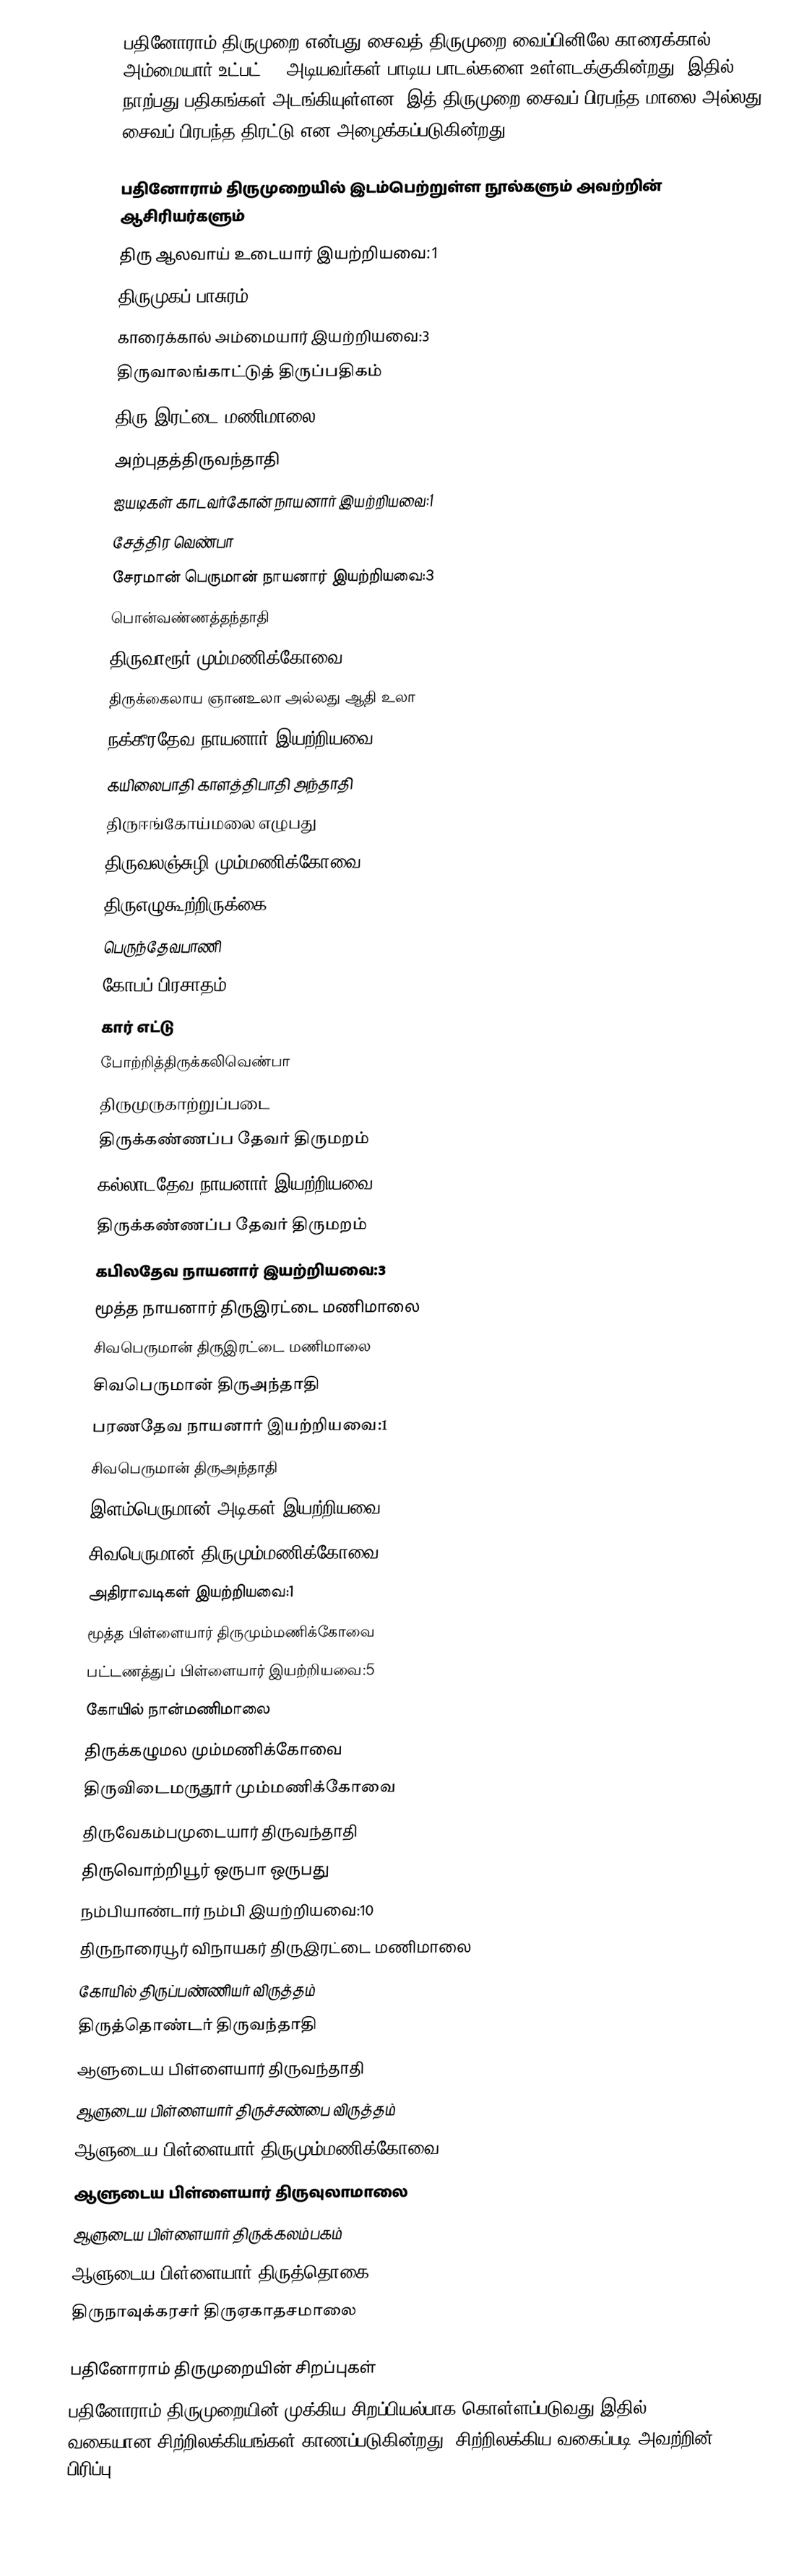
பதினோராம் திருமுறை என்பது  சைவத் திருமுறை வைப்பினிலே காரைக்கால் அம்மையார் உட்பட் 12 அடியவர்கள் பாடிய பாடல்களை உள்ளடக்குகின்றது. இதில் நாற்பது பதிகங்கள் அடங்கியுள்ளன. இத் திருமுறை சைவப் பிரபந்த மாலை அல்லது சைவப் பிரபந்த திரட்டு என அழைக்கப்படுகின்றது.

பதினோராம் திருமுறையில் இடம்பெற்றுள்ள நூல்களும் அவற்றின் ஆசிரியர்களும்
திரு ஆலவாய் உடையார் இயற்றியவை:1
திருமுகப் பாசுரம்
காரைக்கால் அம்மையார் இயற்றியவை:3
 திருவாலங்காட்டுத் திருப்பதிகம்
 திரு இரட்டை மணிமாலை
 அற்புதத்திருவந்தாதி
 ஐயடிகள் காடவர்கோன் நாயனார் இயற்றியவை:1
 சேத்திர வெண்பா
 சேரமான் பெருமான் நாயனார் இயற்றியவை:3
 பொன்வண்ணத்தந்தாதி
 திருவாரூர் மும்மணிக்கோவை
 திருக்கைலாய ஞானஉலா அல்லது ஆதி உலா
 நக்கீரதேவ நாயனார் இயற்றியவை:10
 கயிலைபாதி காளத்திபாதி அந்தாதி
 திருஈங்கோய்மலை எழுபது
 திருவலஞ்சுழி மும்மணிக்கோவை
 திருஎழுகூற்றிருக்கை
 பெருந்தேவபாணி
 கோபப் பிரசாதம்
 கார் எட்டு
 போற்றித்திருக்கலிவெண்பா
 திருமுருகாற்றுப்படை
 திருக்கண்ணப்ப தேவர் திருமறம்
 கல்லாடதேவ நாயனார் இயற்றியவை:1
 திருக்கண்ணப்ப தேவர் திருமறம்
 கபிலதேவ நாயனார் இயற்றியவை:3
 மூத்த நாயனார் திருஇரட்டை மணிமாலை
 சிவபெருமான் திருஇரட்டை மணிமாலை
 சிவபெருமான் திருஅந்தாதி
 பரணதேவ நாயனார் இயற்றியவை:1
 சிவபெருமான் திருஅந்தாதி
 இளம்பெருமான் அடிகள் இயற்றியவை:1
 சிவபெருமான் திருமும்மணிக்கோவை
 அதிராவடிகள் இயற்றியவை:1
 மூத்த பிள்ளையார் திருமும்மணிக்கோவை
 பட்டணத்துப் பிள்ளையார் இயற்றியவை:5
 கோயில் நான்மணிமாலை
 திருக்கழுமல மும்மணிக்கோவை
 திருவிடைமருதூர் மும்மணிக்கோவை
 திருவேகம்பமுடையார் திருவந்தாதி
 திருவொற்றியூர் ஒருபா ஒருபது
 நம்பியாண்டார் நம்பி இயற்றியவை:10
 திருநாரையூர் விநாயகர் திருஇரட்டை மணிமாலை
 கோயில் திருப்பண்ணியர் விருத்தம்
 திருத்தொண்டர் திருவந்தாதி
 ஆளுடைய பிள்ளையார் திருவந்தாதி
 ஆளுடைய பிள்ளையார் திருச்சண்பை விருத்தம்
 ஆளுடைய பிள்ளையார் திருமும்மணிக்கோவை
 ஆளுடைய பிள்ளையார் திருவுலாமாலை
 ஆளுடைய பிள்ளையார் திருக்கலம்பகம்
 ஆளுடைய பிள்ளையார் திருத்தொகை
 திருநாவுக்கரசர் திருஏகாதசமாலை

பதினோராம் திருமுறையின் சிறப்புகள்
பதினோராம் திருமுறையின் முக்கிய சிறப்பியல்பாக கொள்ளப்படுவது இதில் 22 வகையான சிற்றிலக்கியங்கள் காணப்படுகின்றது. சிற்றிலக்கிய வகைப்படி அவற்றின் பிரிப்பு;